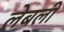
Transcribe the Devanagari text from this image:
लेबली